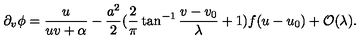
\partial _ { v } \phi = \frac { u } { u v + \alpha } - \frac { a ^ { 2 } } { 2 } ( \frac { 2 } { \pi } \tan ^ { - 1 } \frac { v - v _ { 0 } } { \lambda } + 1 ) f ( u - u _ { 0 } ) + { \cal O } ( \lambda ) .